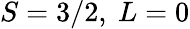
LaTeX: S=3/2,\ L=0